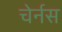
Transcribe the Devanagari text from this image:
चेर्नस